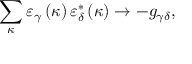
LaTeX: \sum _ { \kappa } \varepsilon _ { \gamma } \left( \kappa \right) \varepsilon _ { \delta } ^ { * } \left( \kappa \right) \rightarrow - g _ { \gamma \delta } ,